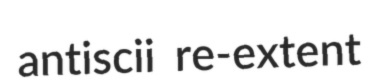
antiscii re-extent